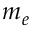
m _ { e }